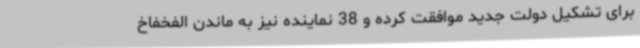
برای تشکیل دولت جدید موافقت کرده و 38 نماینده نیز به ماندن الفخفاخ